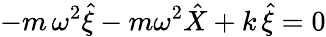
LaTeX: -m\, \omega^{2}\hat{\xi}-m\omega^{2}\hat{X}+k\, \hat{\xi}=0